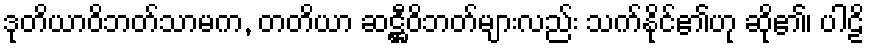
ဒုတိယာဝိဘတ်သာမက, တတိယာ ဆဋ္ဌီဝိဘတ်များလည်း သက်နိုင်၏ဟု ဆို၏၊ ပါဠိ